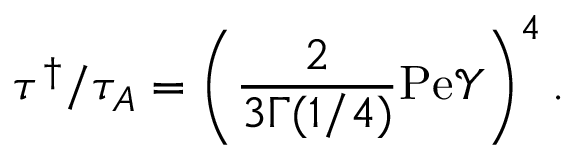
\tau ^ { \dagger } / \tau _ { A } = \left( \frac { 2 } { 3 \Gamma ( 1 / 4 ) } \mathrm { P e } \mathcal { Y } \right) ^ { 4 } .